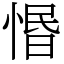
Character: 惽